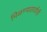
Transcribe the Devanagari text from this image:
मिळण्यासाठीही